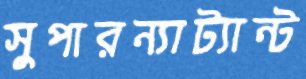
সুপারন্যাট্যান্ট